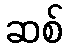
ဆစ်